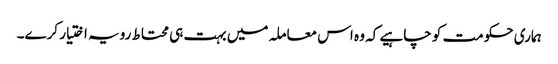
ہماری حکومت کو چاہیے کہ وہ اس معاملہ میں بہت ہی محتاط رویہ اختیار کرے۔